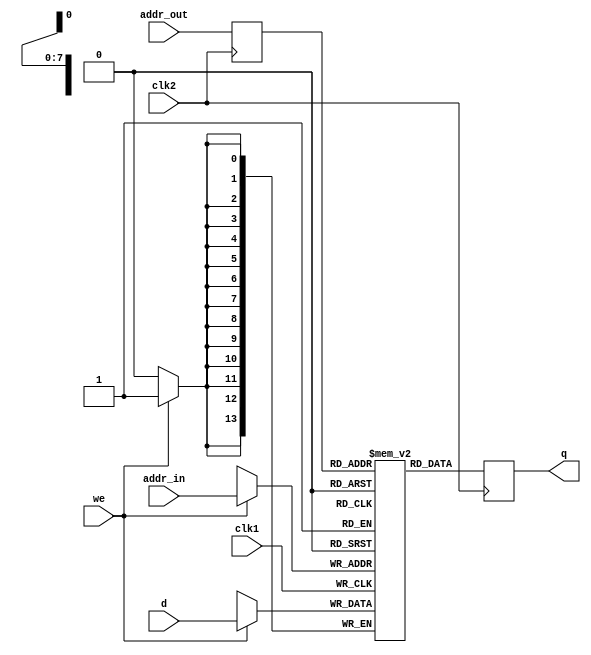
module ram_dual #(parameter P_NBITS_ADDR=8, parameter P_NBITS_DATA=14) 
   (
    output reg [P_NBITS_DATA-1:0] q,
    input [P_NBITS_DATA-1:0] 	  d,
    input [P_NBITS_ADDR-1:0] 	  addr_in,
    input [P_NBITS_ADDR-1:0] 	  addr_out,
    input 			  we, 
    input 			  clk1, 
    input 			  clk2
    );

  localparam L_MEM_SIZE = {P_NBITS_ADDR{1'b1}}; 
  reg [P_NBITS_DATA-1:0]   mem [L_MEM_SIZE:0];
   
   always @(posedge clk1) 
     begin
	if (we)
	  mem[addr_in] <= d;
     end
   
   reg [P_NBITS_ADDR-1:0] 	  addr_out_reg=0;
   always @(posedge clk2) 
     begin
	q <= mem[addr_out_reg];
	addr_out_reg <= addr_out;
     end

`ifdef MODEL_TECH
   integer i; 
   initial 
     begin
	// $display("%d\n",L_MEM_SIZE); 
	for(i=0; i<=L_MEM_SIZE; i=i+1)
	  mem[i] = 0;
     end
`endif
   
endmodule